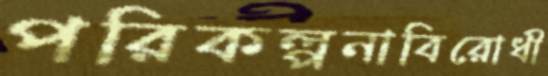
পরিকল্পনাবিরোধী